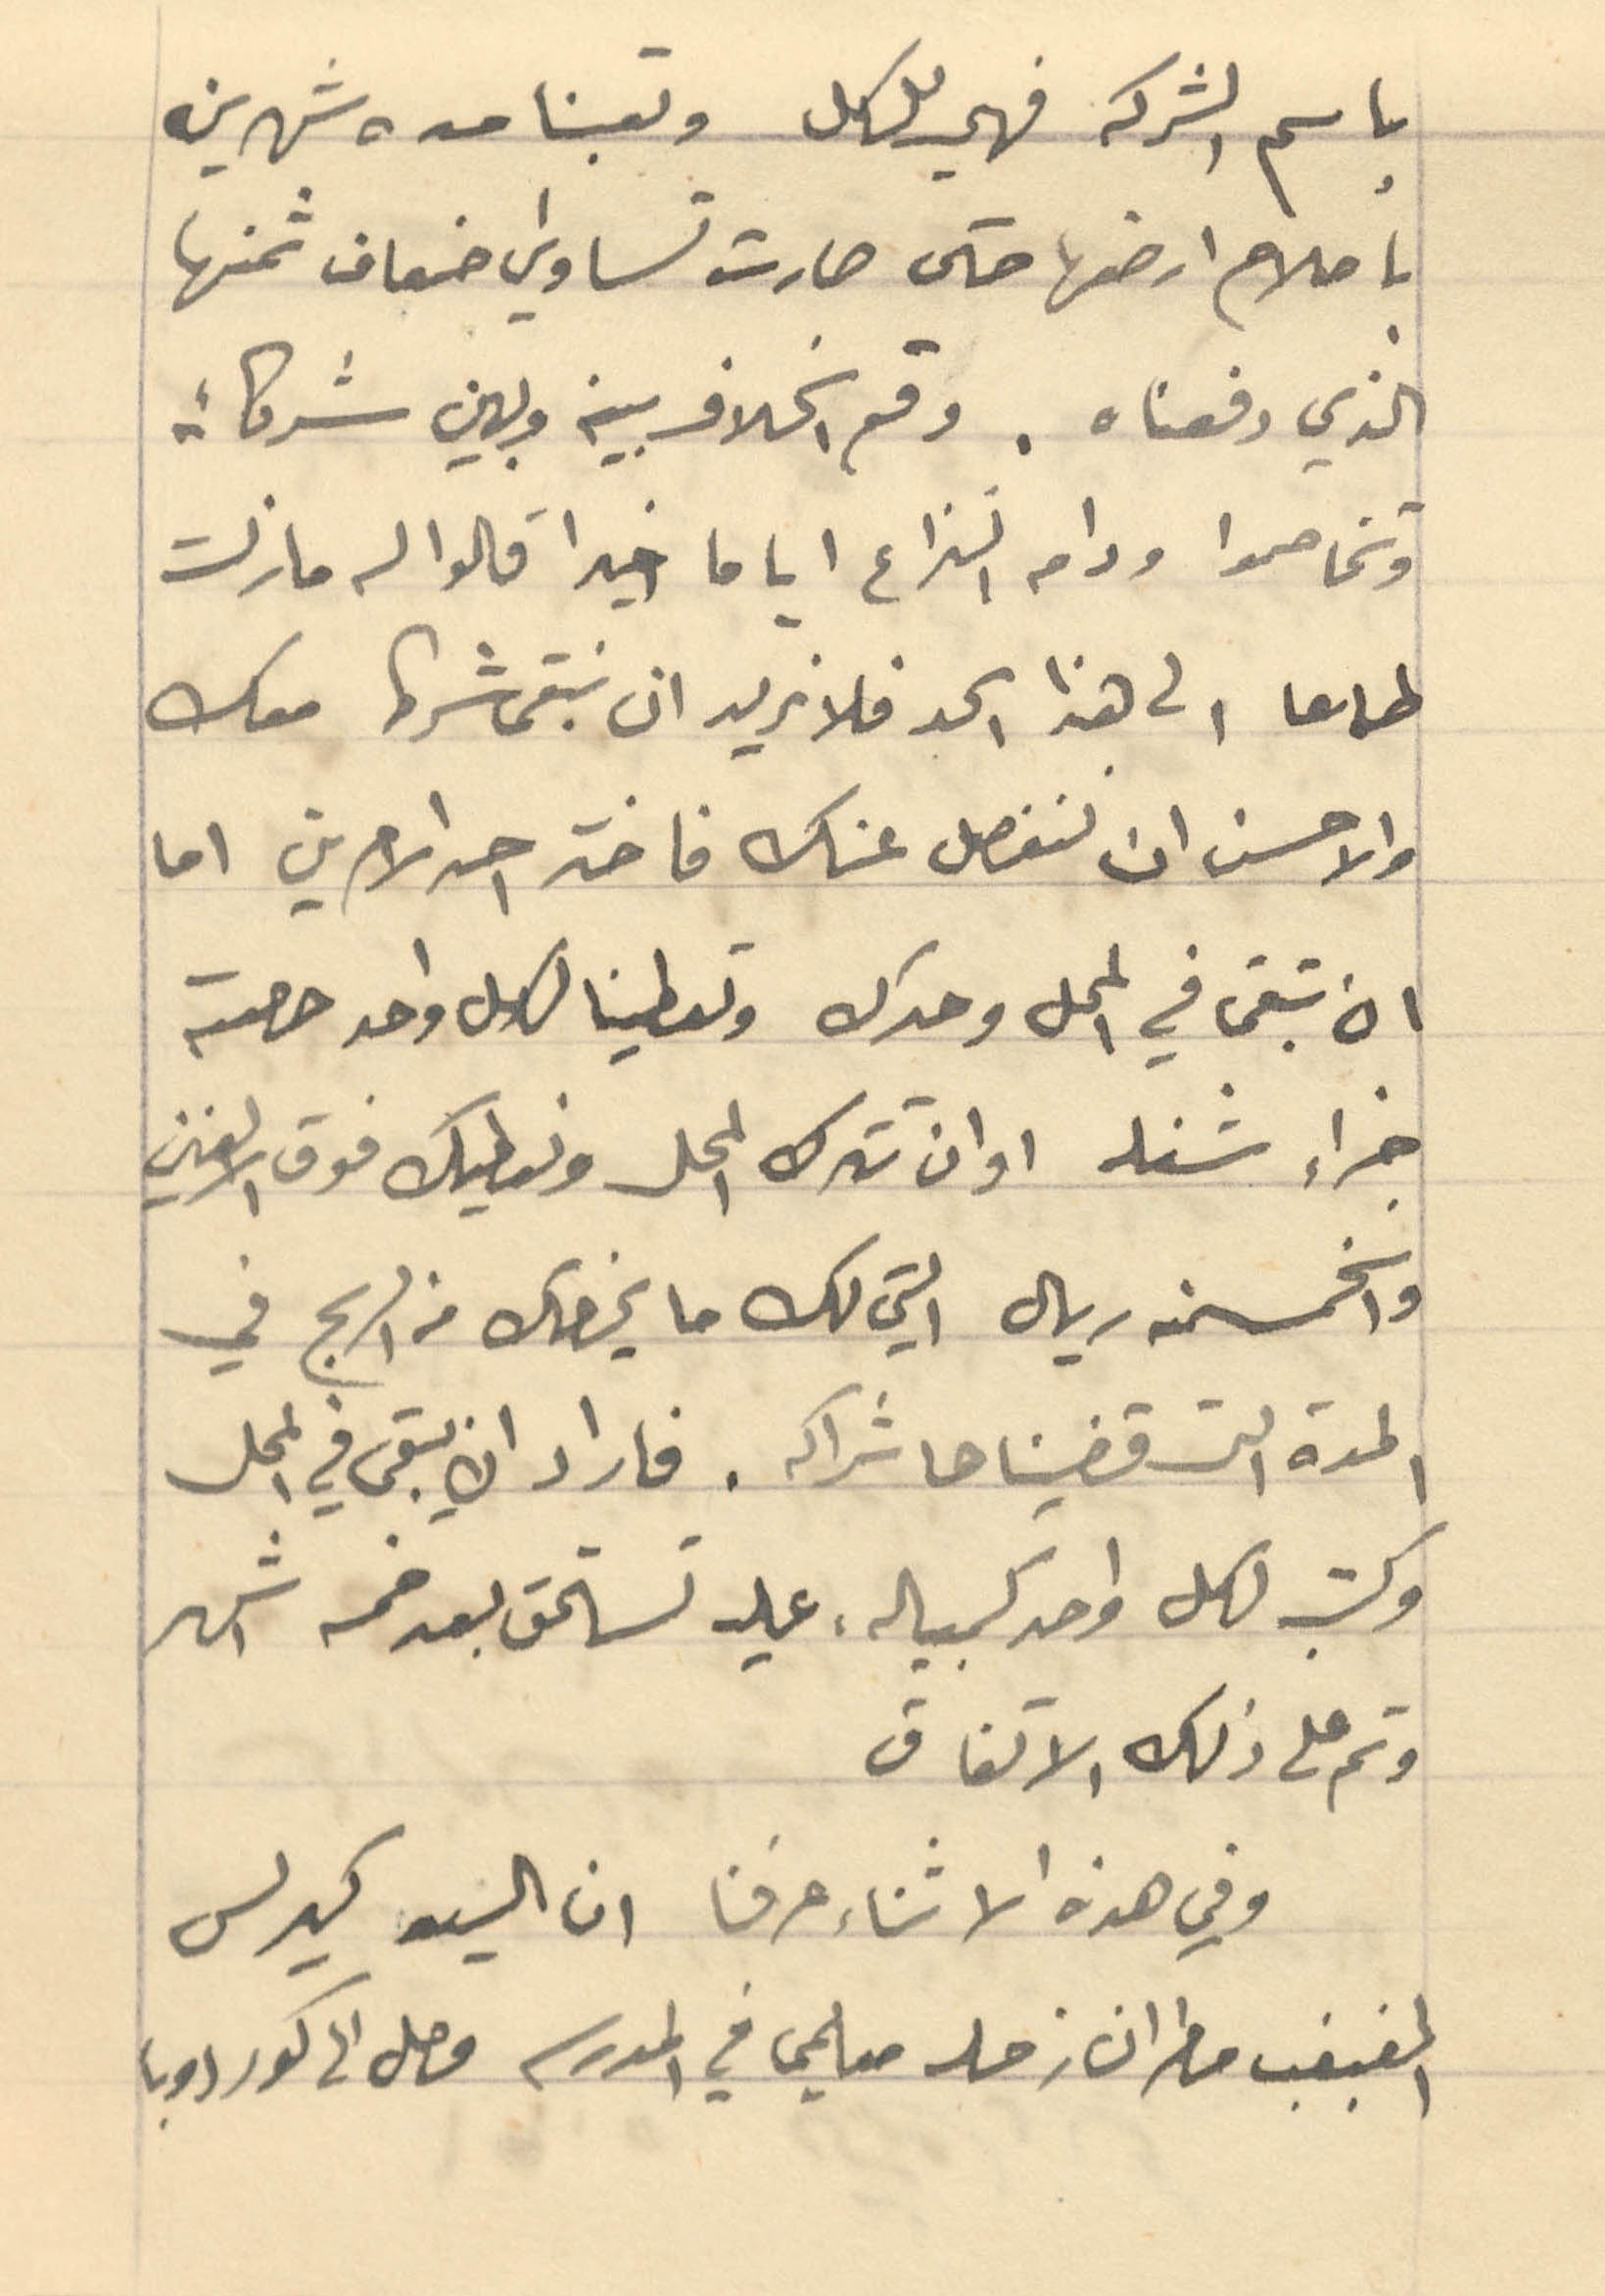
باسم الشركه فهي لك وتعبنا مده شهرين
بإصلاح ارضها حتى صارت تساوي اضعاف ثمنها
الذي دفعناه. وقع الخلاف بينه وبين شركائه
وتخاضموا ودام النزاع أياما خيرا قالوا له ما زلت
طامعا الى هذا الحد فلا نريد ان نبقى شرط معك
والاحسن ان لنفصل عنك فاخذ احد الامرين اما
ان تبقى في المحل وحدك وتعطينا الى كل واحد حصته
جزاء شغله او ان تترك المحل ونعطيك فوق الالفين
والخمسمئة ريال التي لك ما يخصك من الربح في
 المدة التي قضيناها شراكة. فاراد ان يبقى في المحل
وكتب لكل واحد كمبيلة عليه تستحق بعد خمسة اشهر
وتم على ذلك الاتفاق
وفي هذه الاثناء عرفنا ان السيد كيرلس
المغبغب مطران زحله معلمي في المدسه وصل الى كوردوبا